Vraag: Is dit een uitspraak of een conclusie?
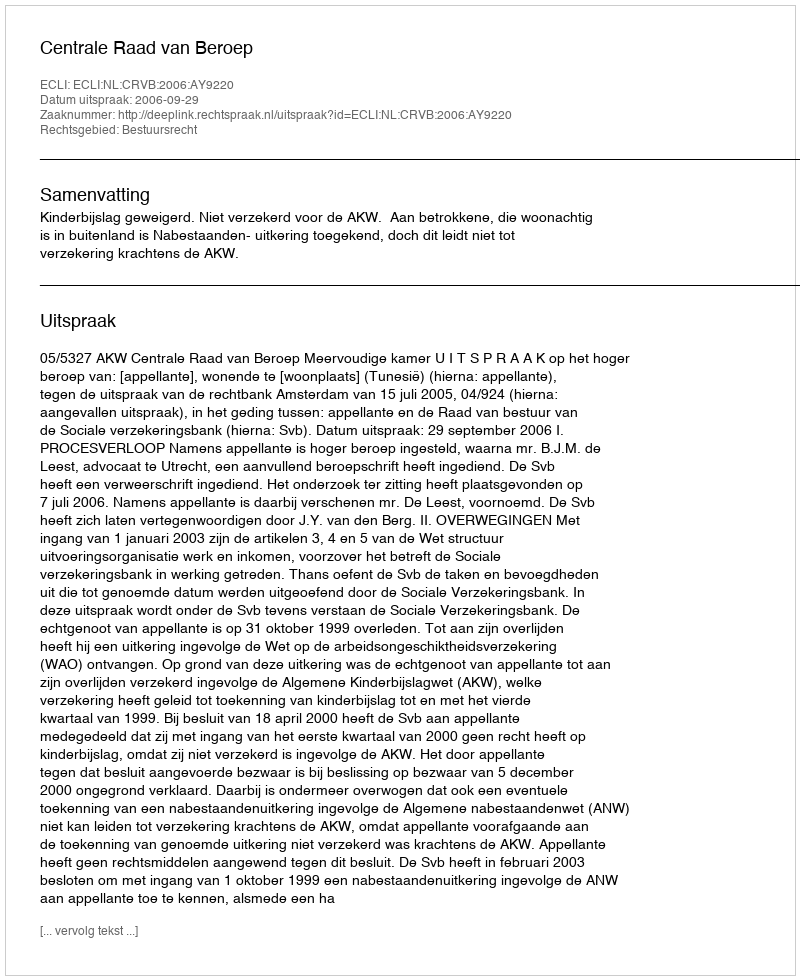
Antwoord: Uitspraak